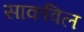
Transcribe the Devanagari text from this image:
साकविल